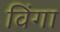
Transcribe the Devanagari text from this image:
विंगा